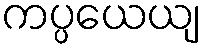
ကပ္ပယေယျ